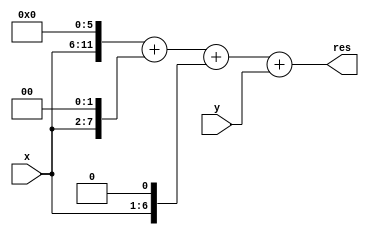
module calculate(x, y, res); // 70x+y
	input [5:0]x;
	input [7:0]y;
	wire [11:0]_x = {6'b0, x};
	wire [11:0]_y = {4'b0, y};
	output [11:0]res;
	assign res = (_x << 6) + (_x << 2) + (_x << 1) + _y;
endmodule